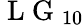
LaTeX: \mathrm{~L~G~}_{10}